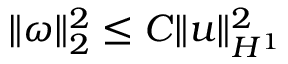
\begin{array} { r } { \| \omega \| _ { 2 } ^ { 2 } \leq C \| u \| _ { H ^ { 1 } } ^ { 2 } } \end{array}